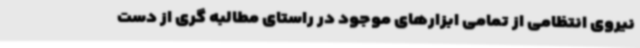
نیروی انتظامی از تمامی ابزارهای موجود در راستای مطالبه گری از دست